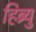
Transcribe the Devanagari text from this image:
हिब्र्यु